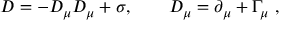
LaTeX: D = - D _ { \mu } D _ { \mu } + \sigma , \qquad D _ { \mu } = \partial _ { \mu } + \Gamma _ { \mu } \ ,